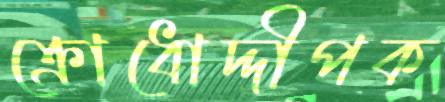
ক্রোধোদ্দীপক